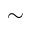
\sim